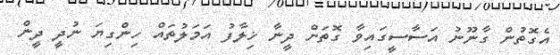
އެގޮތުން ގާނޫނު އަސާސީގައިވާ ގޮތަށް ދީނާ ޚިލާފު އަމަލުތައް ހިންގިޔަ ނުދީ ދީން